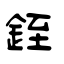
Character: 銍